Memorandum on the prevention of leprosy by segregation of the affected
Disease focus: Leprosy
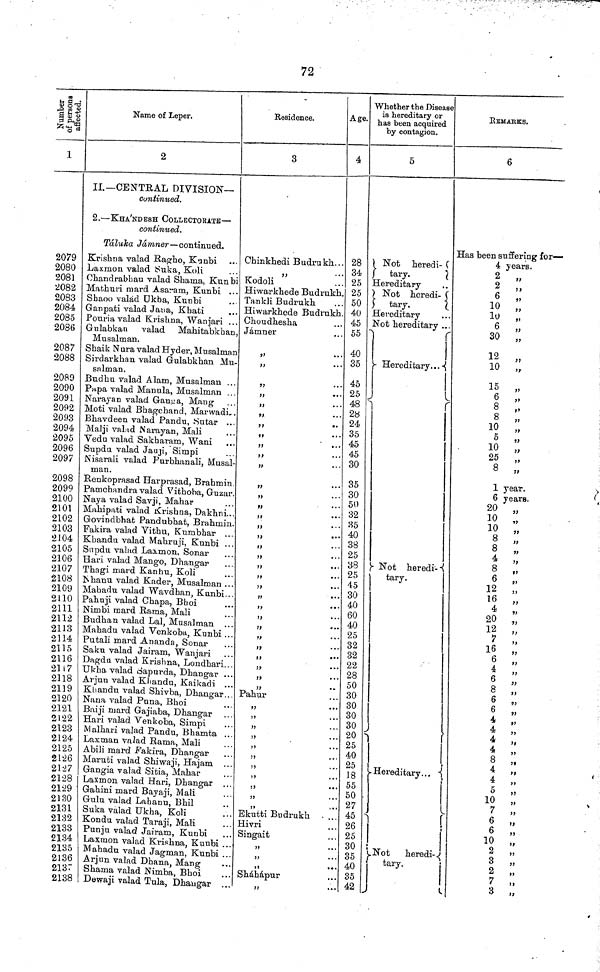
72
Number of persons affected.
1
2079
2080
2081
2082
2083
2084
2085
2086
2087
2088
2089
2090
2091
20P2
2093
2094
2095
2096
2097
2098
2099
2100
2101
2102
2103
2104
2105
2106
2107
2108
2109
2110
2111
2112
2113
2114
2115
2116
2117
2118
2119
2120
2121
2122
2123
2124
2125
2126
2127
2128
2129
2130
2131
2132
2133
2134
2135
2136
2137
2138
Name of Leper.
2
II.— CENTRAL DIVISION—
continued.
2. — KHA'NDESH COLLECTOraTE —
continued.
Taluka Jamner — continued.
Krishna valad Ragho, Kunbi
Laxmon valad Suka, Koli
Chandrabhan valad Shama, Kunbi
Mathuri mard Asaram, Kunbi ...
Shaoo valad Ukba, Kunbi
Ganpati valad Jana, Khati
Pouria valad Krishna, Wanjari ...
Gulabkan valad Mahitabkhan,
Musalman.
Shaik Nura valad Hyder, Musalman
Sirdarkhan valad Gulabkhan Mu-
salman.
Budhu valad Alam, Musalmau ...
Papa valad Manula, Musalman ...
Narayan valad Gauua, Mang
Moti valad Bhagchand, MarwadL.
Bhavdeen valad Pandu, Sutar ...
Malji valad Narayan, Mali
Vedu valad Sakharam, Wani
Supdu valad Jauji, Simpi
Nisarali valad Purbhanali, Musal-
man.
Renkoprasad Harprasad, Brahmin.
Pamchaiidra valad Vithoha, Guzar.
Naya valad Savji, Mahar
Mahipati valad Krishna, Dakhni...
Govindbhat Pandubhat, Brahmin.
Fakira valad Vithu, Kumbhar
Khandu valad Mahruji, Kunbi ...
Supdu valad Laxmon, Sonar
Hari valad Mango, Dhangar
Thagi mard Kanhu, Koli
Nhanu valad Kader, Musalman . . .
Mabadu valad Wavdhan, Kunbi...
Pahuji valad Chapa, Bhoi
Nimbi mard Rama, Mali
Budhan valad Lal, Musalman ...
Mahadu valad Venkoba, Kunbi ...
Putali mard Ananda, Sonar
Saku valad Jairam, Wanjari
Dagdu valad Krishna, Londhari...
Ukha valad Sapurda, Dhangar ...
Arjun valad Khandu, Kaikadi ..
Khandu valad Shivba, Dhangar..
Nana valad Puna, Bhoi
Baiji mard Gajiaba, Dhangar ..
Hari valad Venkoba, Simpi
Malhari valad Pandu, Bhamta ..
Laxman valad Rama, Mali
Abili mard Fakira, Dhangar
Maruti valad Shiwaji, Hajam ..
Gangia valad Sitia, Mahar
Laxmon valad Hari, Dhangar
Gahini mard Bayaji, Mali
Gulu valad Lahanu, Bhil
Suka valad Ukha, Koli
Kondu valad Taraji, Mali
Punju valad Jairam, Kunbi
Laxmon valad Krishna, Kunbi ..
Mahadu valad Jagman, Kunbi ..
Arjun valad Dhana, Mang
Shama valad Nimba, Bhoi
Dewaji valad Tula, Dhangar
Residence.
3
Chinkhedi Budrukh...
"
Kodoli
Hiwarkhede Budrukh.
Tankli Budrukh
Hiwarkhede Budrukh.
Choudhesha
Jamner
"
"
"
"
"
"
"
"
"
"
"
"
"
"
"
"
"
"
"
"
"
"
"
"
"
"
.
"
Pahur
"
"
"
"
"
"
Ekutti Budrukh
Hivri
Singait
"
Shdhdpur
Age.
4
28
34
25
25
50
40
45
55
40
35
45
25
48
28
24
35
45
45
30
35
30
50
32
35
40
38
25
38
25
45
30
40
60
40
25
32
32
22
28
50
30
30
30
30
20
25
40
25
18
55
50
27
45
26
25
30
35
40
35
42
Whether the Disease
is hereditary or
has been acquired
by contagion.
5
Not heredi-
tary.
Hereditary
Not heredi-
tary.
Hereditary
Not hereditary ...
Hereditary
Not heredi-
tary.
Hereditary...
Not
heredi-
tary.
rEMARKS.
6
Has been suffering for—
4 years.
2
„
2
„
6
"
10 „
10 „
6 „
30 „
12
„
10 „
15 „
6 „
8 „
8 „
10 „
5 „
10 „
25 „
8 „
1 year.
6 years.
20 ,,
10
10 „
8 „
8 "
4 "
8 "
6
"
12 "
16 "
4 "
20 "
12 „
7 "
16 "
6 "
4 "
6 "
8 "
6 „
6 "
4 "
4
"
4
"
4 "
8 "
4 „
4 "
5 "
10 "
7 "
6 "
6 "
10 "
2
„
3 "
2 "
7 „
3 „